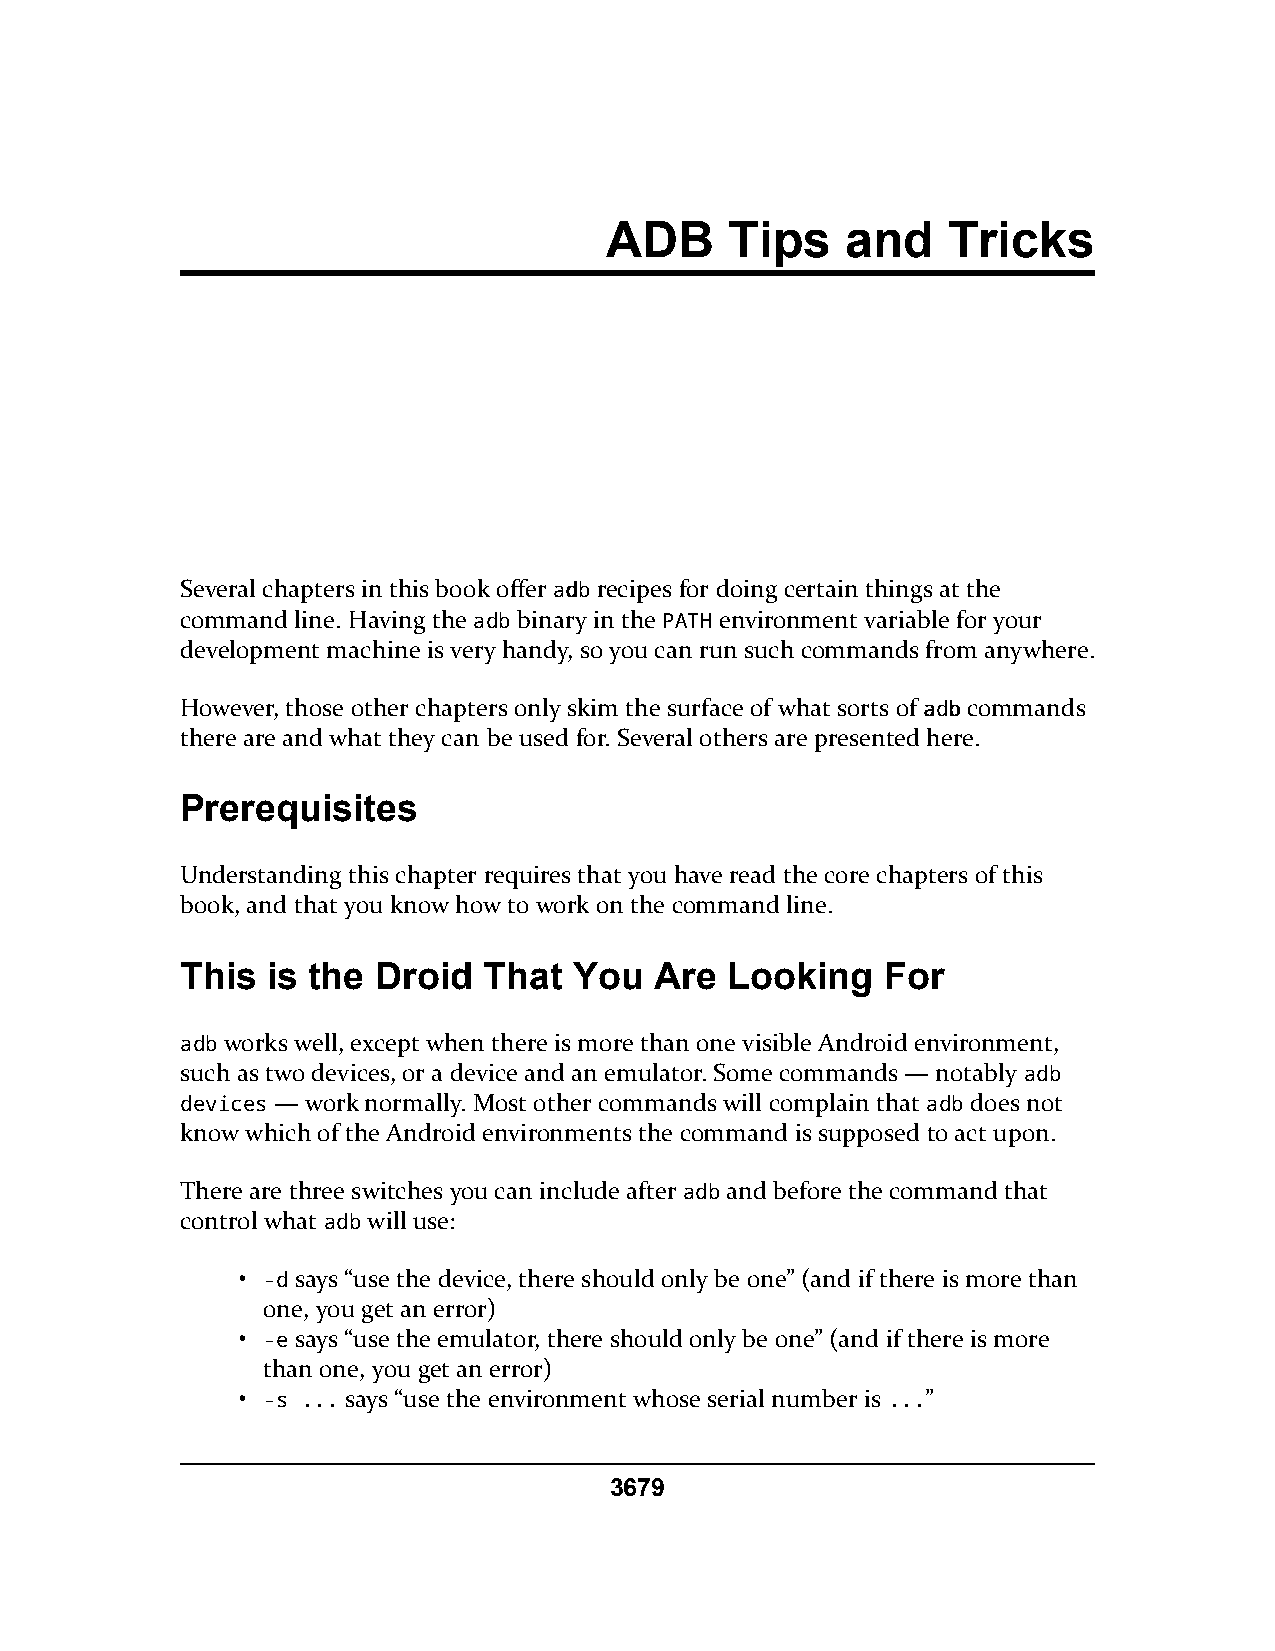
ADB     Tips    and    Tricks
 Several chapters in this book offer aaddbbrecipes for doing certain things at the
 command line. Having the adb binary in the PATH environment variable for your
 development machine is very handy, so you can run such commands from anywhere.
 However, those other chapters only skim the surface of what sorts of aaddbbcommands
 there are and what they can be used for. Several others are presented here.
 Prerequisites
 Understanding this chapter requires that you have read the core chapters of this
 book, and that you know how to work on the command line.
 This  is the Droid  That  You  Are  Looking    For
 adb works well, except when there is more than one visible Android environment,
 such as two devices, or a device and an emulator. Some commands — notably aaddbb
 ddeevviicceess— work normally. Most other commands will complain that adb does not
 know which of the Android environments the command is supposed to act upon.
 There are three switches you can include after adb and before the command that
 control what adb will use:
 • -d says “use the device, there should only be one” (and if there is more than
 one, you get an error)
 • -e says “use the emulator, there should only be one” (and if there is more
 than one, you get an error)
 • -s ... says “use the environment whose serial number is ...”
 3679